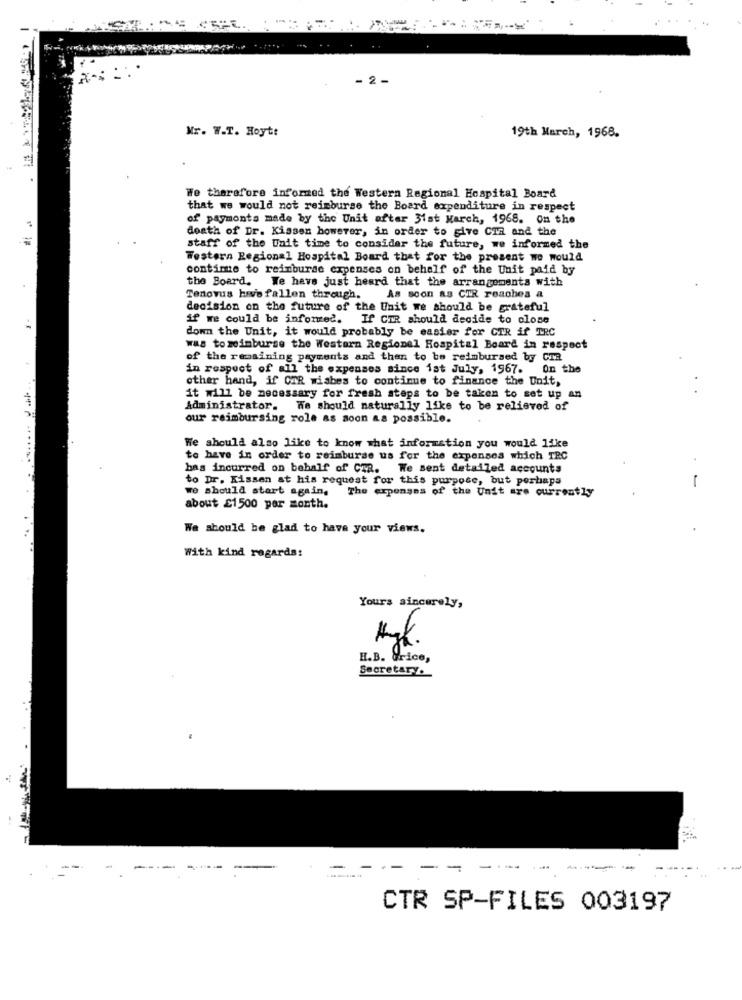
. . .
- 2 -
Mr. W.T. Hoyt:
19th March, 1968.
We therefore informed the Western Regional Hospital Board
that we would not reimburse the Board expenditure in respect
of payments made by the Unit after 31st March, 1968. on the
death of Dr. Kissen however, in order to give CIR and the
staff of the Unit time to consider the future, we informed the
Western Regional Hospital Board that for the present we would
continue to reimburse expenses on behalf of the Unit paid by
the Board. We have just heard that the arrangements with
Tenovus have fallen through. As soon as CIR reaches a
decision on the future of the Unit we should be grateful
if we could be infomed. If CIR should decide to close
down the Unit, it would probably be easier for CIR if TRC
was to reimburse the Western Regionel Hospital Board in respect
of the remaining payments and then to be reimbursed by CIR
in respect of all the expenses since 1at July, 1967. On the
other hand, if CIR wiabes to continue to finance the Unit,
it will be necessary for fresh steps to be taken to set up an
Administrator. We should naturally like to be relieved of
our reimbursing role as soon as possible.
We should also like to know what information you would like
to have in order to reimburse us for the expenses which TRC
bas incurred on behalf of CTR. We sent detailed accounts
to Dr. Kissen at his request for this purpose, but perhaps
we should start again.
The expenses of the Unit are currently
-
about £1500 per month.
We should be glad to have your views.
With kind regards:
Yours sincerely,
Myk.
H.B. &rice,
Secretary.
-
---
CTR SP-FILES 003197